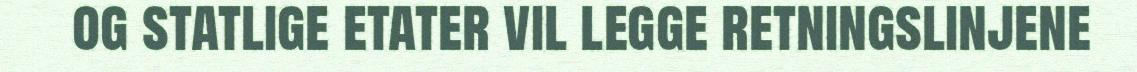
og statlige etater vil legge retningslinjene